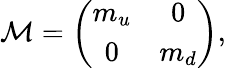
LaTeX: {\cal M}=\left(\begin{array}{cc}{{m_{u}}}&{{0}}\\ {{0}}&{{m_{d}}}\end{array}\right),